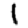
Digit: 1